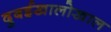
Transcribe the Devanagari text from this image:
दुबईखालोखाल